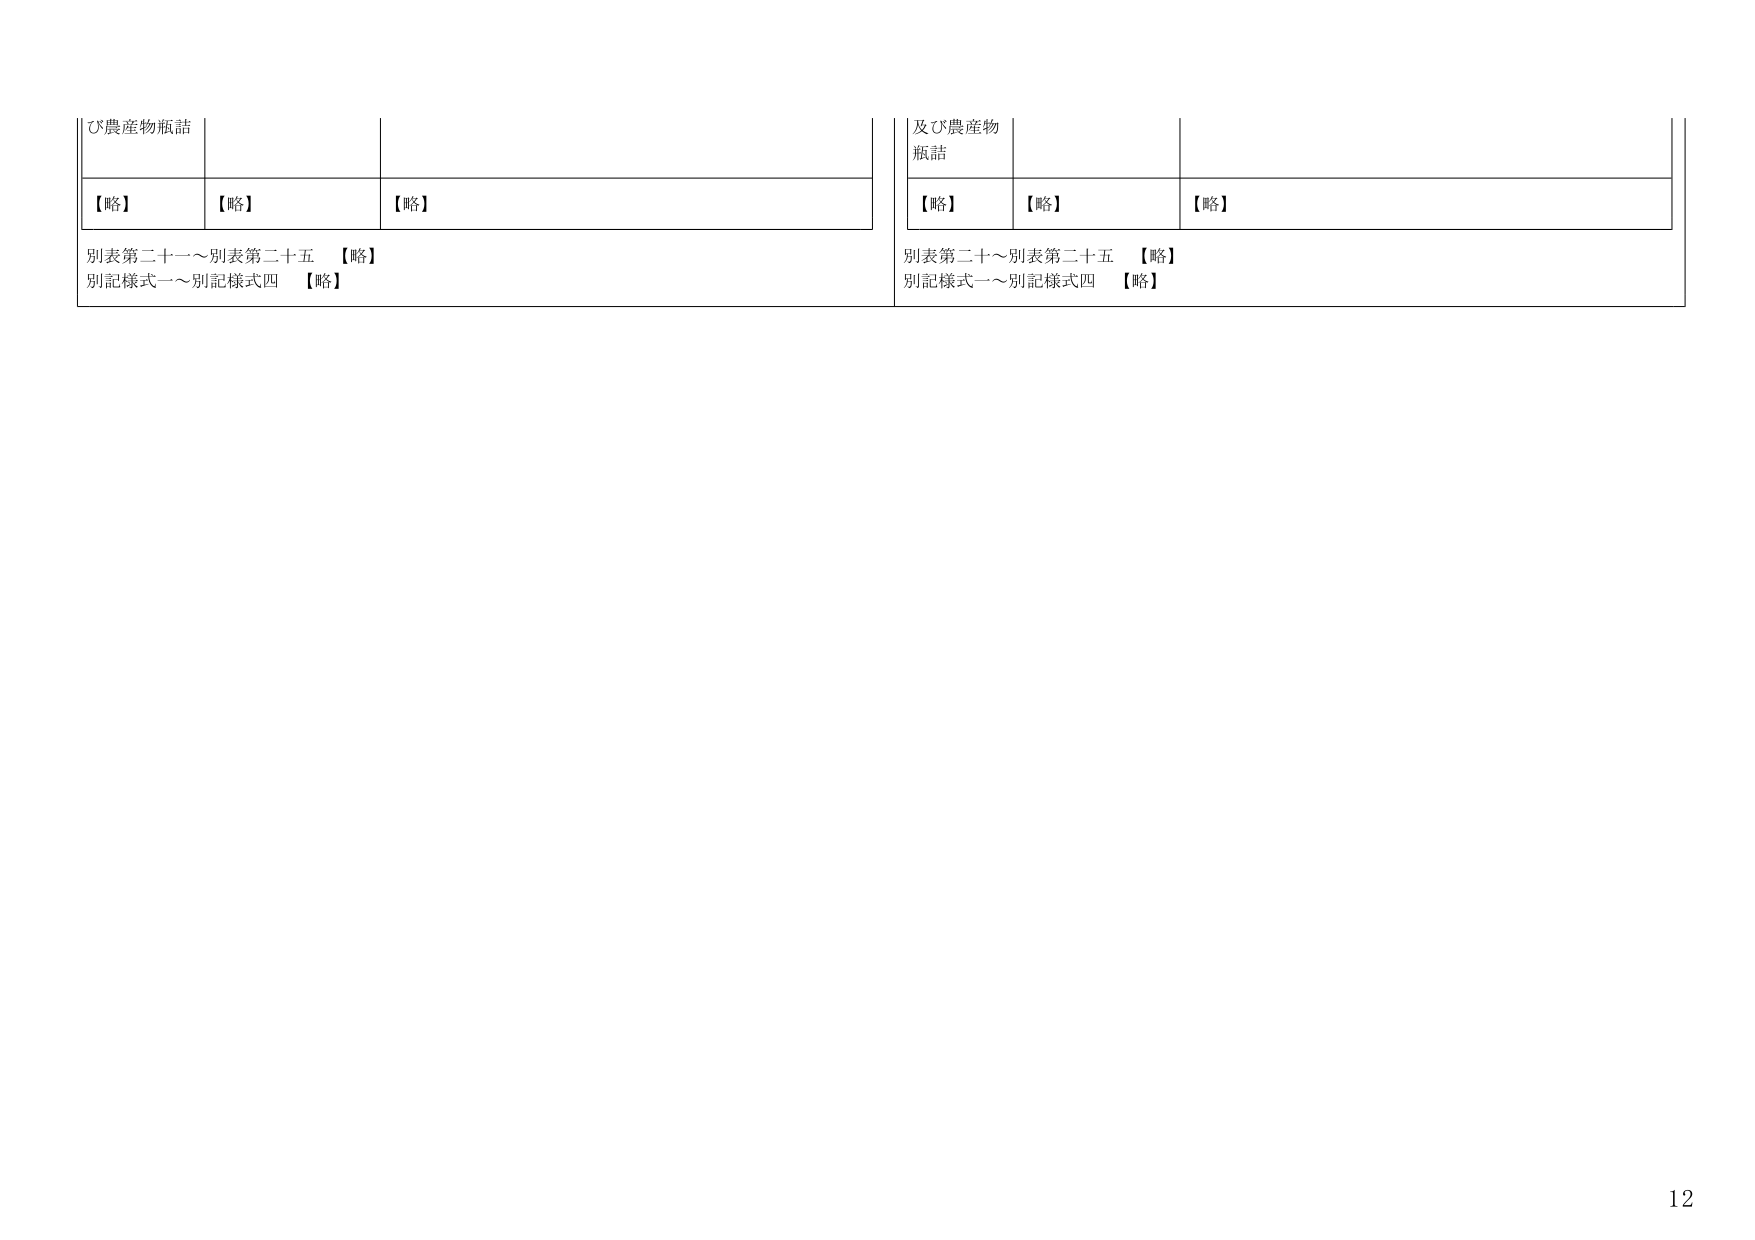
ひ農産物瓶詰
【略】
【略】
【略】
別表第二十一～別表第二十五 【略】
別記様式一～別記様式四 【略】

及び農産物
瓶詰
【略】
【略】
【略】
別表第二十～別表第二十五 【略】
別記様式一～別記様式四 【略】

12